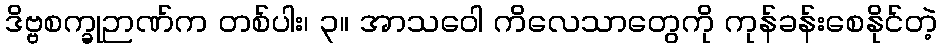
ဒိဗ္ဗစက္ခုဉာဏ်က တစ်ပါး၊ ၃။ အာသဝေါ ကိလေသာတွေကို ကုန်ခန်းစေနိုင်တဲ့